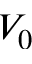
V _ { 0 }